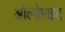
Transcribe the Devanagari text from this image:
ओल्डेमाइट